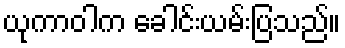
ယုကာဝါက ခေါင်းယမ်းပြသည်။